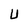
Character: U